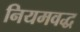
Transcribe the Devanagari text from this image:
नियमवद्ध